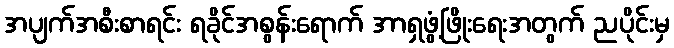
အပျက်အစီးစာရင်း ရခိုင်အစွန်းရောက် အာရှဖွံ့ဖြိုးရေးအတွက် ညပိုင်းမှ